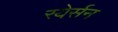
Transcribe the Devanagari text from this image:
रयेर्सन